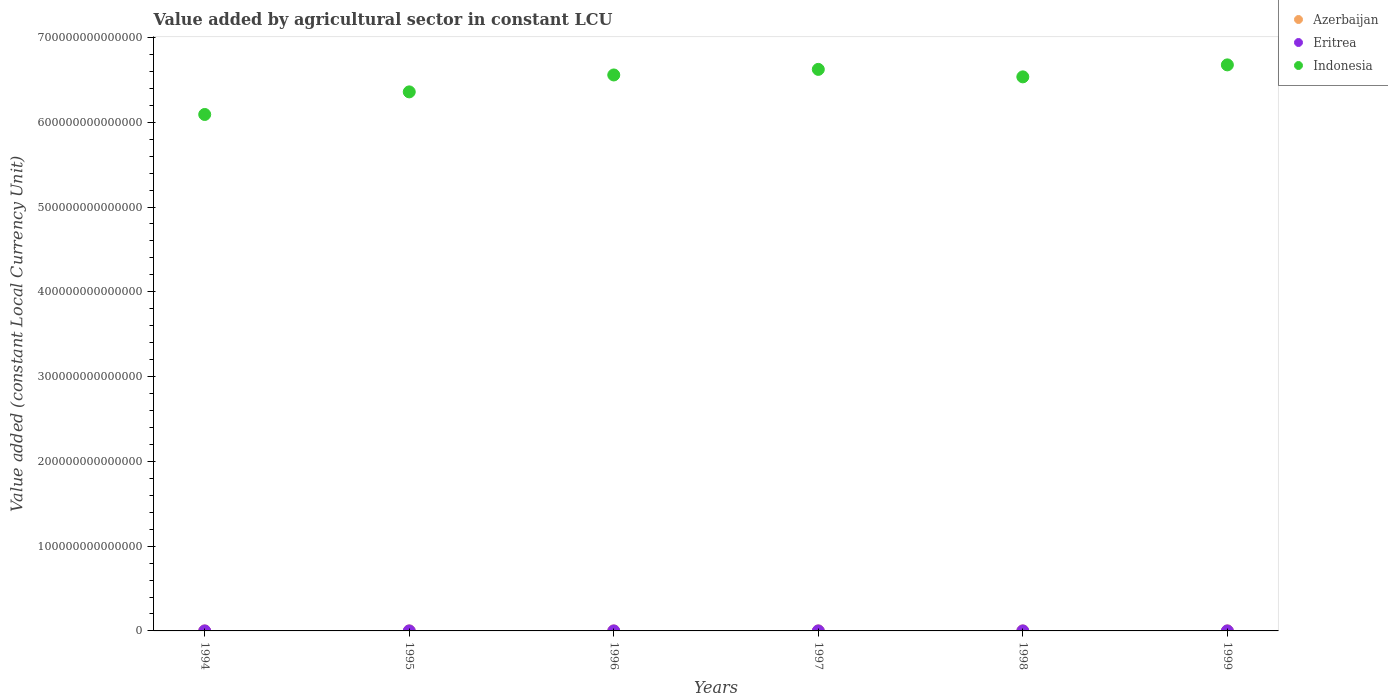
| Years | Azerbaijan | Eritrea | Indonesia |
 | --- | --- | --- | --- |
 | 1994 | 6.26e+08 | 1.25e+09 | 6.09e+14 |
 | 1995 | 5.82e+08 | 1.1e+09 | 6.36e+14 |
 | 1996 | 5.99e+08 | 1.04e+09 | 6.56e+14 |
 | 1997 | 5.58e+08 | 1.04e+09 | 6.62e+14 |
 | 1998 | 5.93e+08 | 1.64e+09 | 6.54e+14 |
 | 1999 | 6.35e+08 | 1.51e+09 | 6.68e+14 |